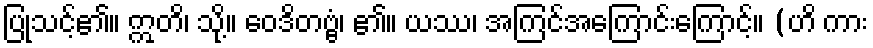
ပြုသင့်၏။ ဣတိ၊ သို့။ ဝေဒိတဗ္ဗံ၊ ၏။ ယဿ၊ အကြင်အကြောင်းကြောင့်။ (ဟိ ကား